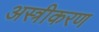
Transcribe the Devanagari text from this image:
अस्त्रीकरण